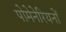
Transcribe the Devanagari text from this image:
पोमेनेरियनों